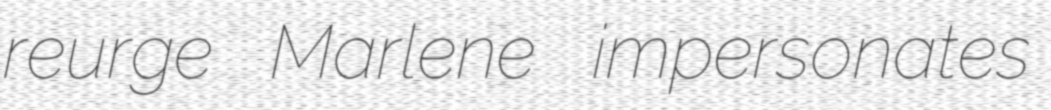
reurge Marlene impersonates